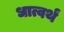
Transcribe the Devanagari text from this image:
धात्वर्थं